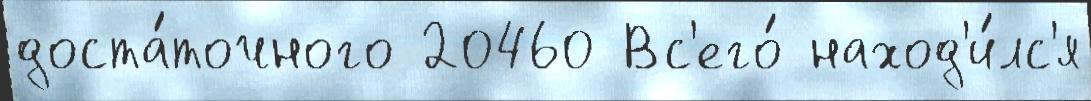
доста́точного 20460 Вс'его́ наход'и́лс'я